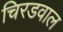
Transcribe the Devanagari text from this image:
चिरडवाल